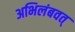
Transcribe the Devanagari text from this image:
अभिलंबवत्‌